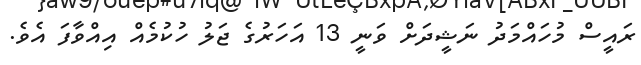
ރައީސް މުހައްމަދު ނަޝީދަށް ވަނީ 13 އަހަރުގެ ޖަލު ހުކުމެއް އިއްވާފަ އެވެ.